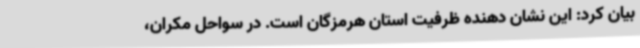
بیان کرد: این نشان دهنده ظرفیت استان هرمزگان است. در سواحل مکران،